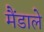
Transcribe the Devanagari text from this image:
मैंडाले